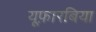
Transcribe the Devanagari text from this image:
यूफ़ारबिया